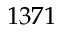
1 3 7 1